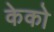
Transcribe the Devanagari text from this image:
केको